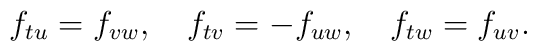
f_{tu} = f_{vw}, \quad f_{tv} = - f_{uw}, \quad f_{tw} = f_{uv}.